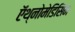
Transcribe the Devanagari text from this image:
ऍथ्नोमेडिसिन